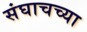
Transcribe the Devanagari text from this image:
संघाचच्या